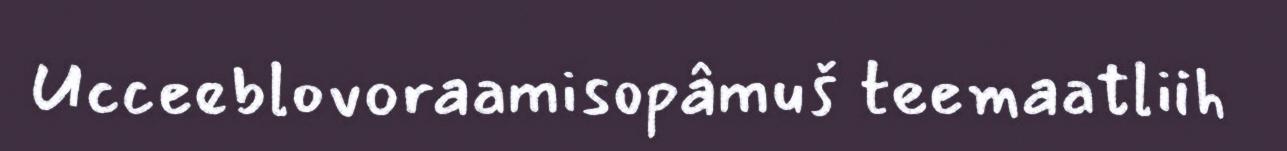
Ucceeblovoraamisopâmuš teemaatliih